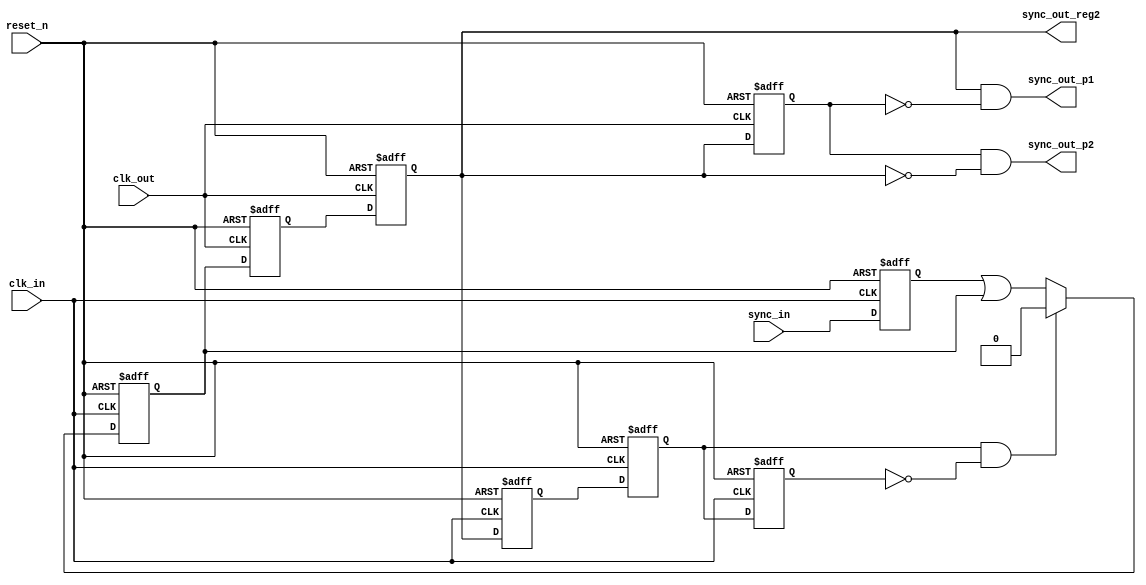
/*
 *
 */

/*

***************************************
* Declaration of the input ports      *
***************************************
clk_in: source clock domain.
clk_out: destination clock domain.
reset_n: asynchronous reset_n.
sync_in: signal before synchronization.

***************************************
* Declaration of the output ports     *
***************************************
sync_out_p1: pulse signal built by Sync_out_reg2 after it is valid.
sync_out_p2: pulse signal built by Sync_out_reg2 before it is invalid.
sync_out_reg2: signal after synchronization.

*/

`timescale 1 ns / 1 ns
module synchronizer_pulse (

        clk_in
       ,clk_out
       ,reset_n
       ,sync_in
       ,sync_out_p1
       ,sync_out_p2
       ,sync_out_reg2
       
       );
       
input	clk_in;
input	clk_out;
input   reset_n;
input   sync_in;
output  sync_out_p1;
output  sync_out_p2;
output  sync_out_reg2;

wire	sync_out_p1;
wire	sync_out_p2;

reg	sync_out_reg2;
   	
reg	sync_in_reg1;
reg	sync_in_reg2;
reg	sync_out_reg1;
reg	sync_out_reg3;
reg	sync_fb_reg1;
reg	sync_fb_reg2;
reg	sync_fb_reg3;

wire	sync_in_d2_se;
wire	sync_in_d2;

//signal sync_in registered by DFF in source clock domain.
always @(posedge clk_in or negedge reset_n)
  if(!reset_n)
    sync_in_reg1 <= 1'b0;
  else
    sync_in_reg1 <= sync_in;

//signal sync_in_d2 registered by DFF in source clock domain.    
always @(posedge clk_in or negedge reset_n)
  if(!reset_n)
    sync_in_reg2 <= 1'b0;
  else
    sync_in_reg2 <= sync_in_d2;

//signal sync_in_reg2 registered by DFF in destination clock domain.    
always @(posedge clk_out or negedge reset_n)
  if(!reset_n)
    sync_out_reg1 <= 1'b0;
  else
    sync_out_reg1 <= sync_in_reg2;

//signal sync_out_reg1 registered by DFF in destination clock domain.
always @(posedge clk_out or negedge reset_n)
  if(!reset_n)
    sync_out_reg2 <= 1'b0;
  else 
    sync_out_reg2 <= sync_out_reg1;

//signal sync_out_reg2 registered by DFF in destination clock domain.
always @(posedge clk_out or negedge reset_n)
  if(!reset_n)
    sync_out_reg3 <= 1'b0;
  else
    sync_out_reg3 <= sync_out_reg2;

//signal sync_out_reg2 registered by DFF in source clock domain.    
always @(posedge clk_in or negedge reset_n)
  if(!reset_n)
    sync_fb_reg1 <= 1'b0;
  else
    sync_fb_reg1 <= sync_out_reg2;

//signal sync_fb_reg1 registered by DFF in source clock domain.
always @(posedge clk_in or negedge reset_n)
  if(!reset_n)
    sync_fb_reg2 <= 1'b0;
  else
    sync_fb_reg2 <= sync_fb_reg1;

//signal sync_fb_reg2 registered by DFF in source clock domain.
always @(posedge clk_in or negedge reset_n)
  if(!reset_n)
    sync_fb_reg3 <= 1'b0;
  else
    sync_fb_reg3 <= sync_fb_reg2;

//select signal of sync_in_d2  
assign sync_in_d2_se = sync_fb_reg2 & ~sync_fb_reg3;

//signal sync_in_d2 uses to lock signal before synchronized and to release signal after synchronized 
assign sync_in_d2 = sync_in_d2_se ? 1'b0 : (sync_in_reg1 | sync_in_reg2);

assign sync_out_p1 = sync_out_reg2 & ~sync_out_reg3;

assign sync_out_p2 = sync_out_reg3 & ~sync_out_reg2;

endmodule